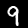
Digit: 9